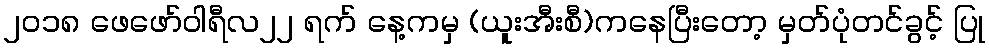
၂၀၁၈ ဖေဖော်ဝါရီလ၂၂ ရက် နေ့ကမှ (ယူးအီးစီ)ကနေပြီးတော့ မှတ်ပုံတင်ခွင့် ပြု